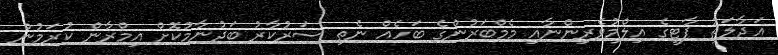
އަދާލަތު ޕާޓީގެ އިލްމުވެރިންނާއި މެމްބަރުންގެ ބަހެއް ނެތި ސަރުކާރު ބަދުނާމުކޮށް އިމްރާން ކުރަމުން